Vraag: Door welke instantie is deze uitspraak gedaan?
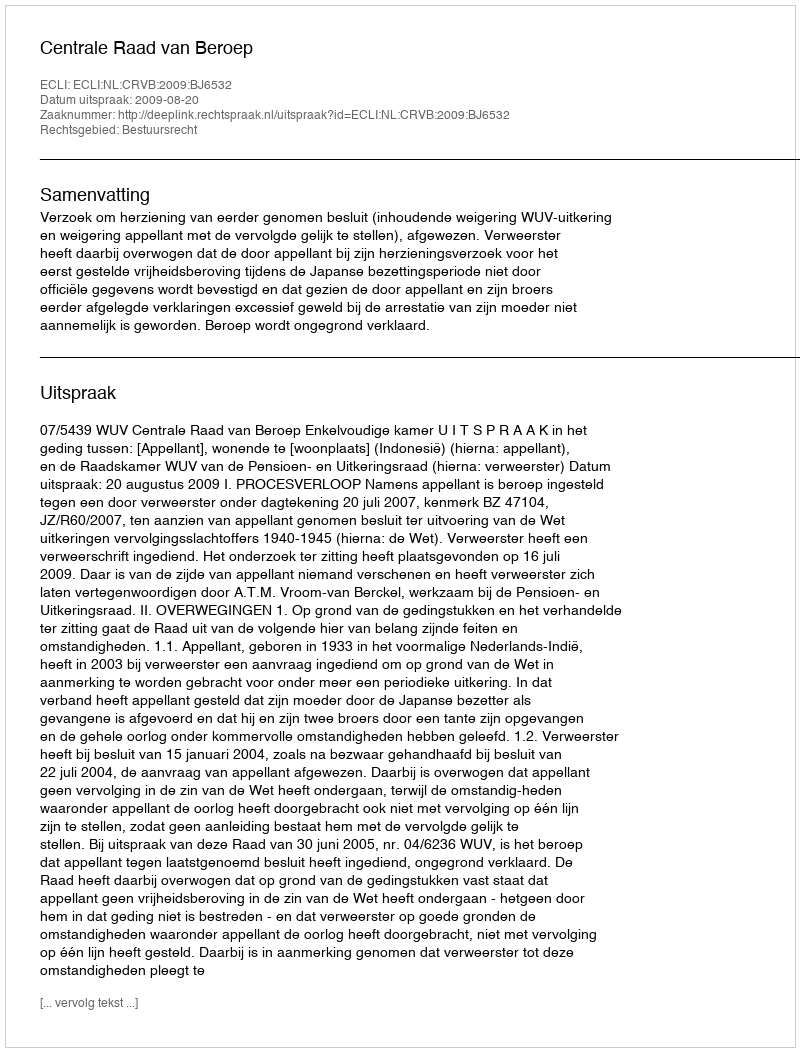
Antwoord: Centrale Raad van Beroep